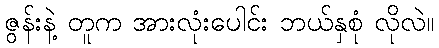
ဇွန်းနဲ့ တူက အားလုံးပေါင်း ဘယ်နှစုံ လိုလဲ။